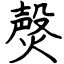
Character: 㷫